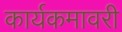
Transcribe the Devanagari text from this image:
कार्यकमावरी